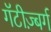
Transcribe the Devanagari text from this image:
गॅटीज़्बर्ग